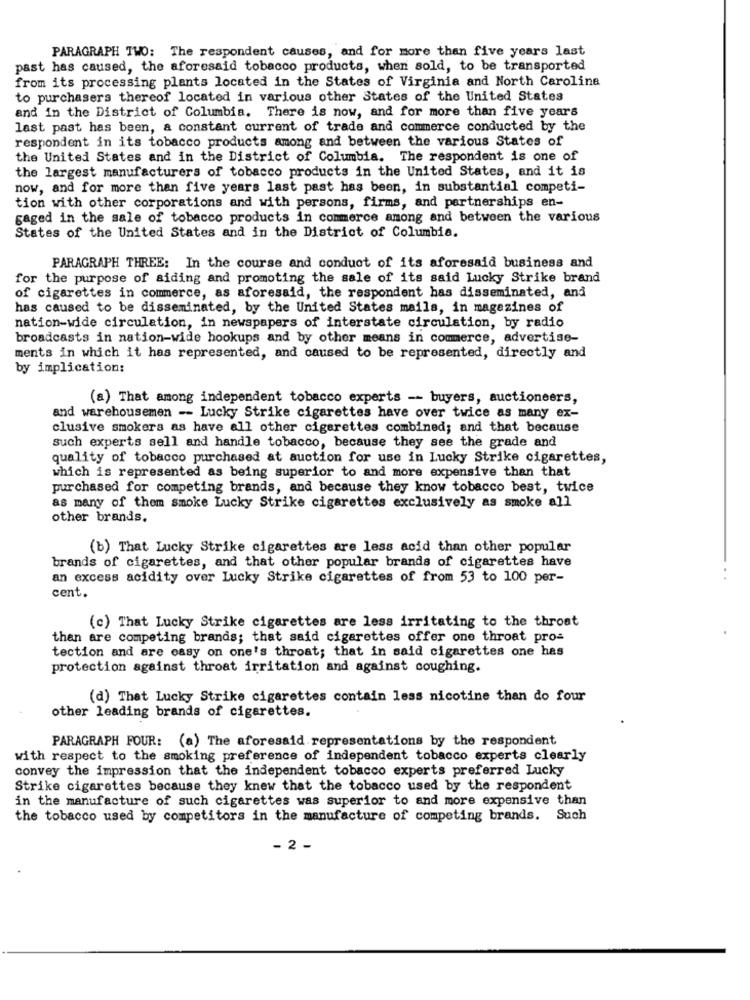
PARAGRAPH TWO: The respondent causes, and for more than five years last
past has caused, the aforesaid tobacco products, when sold, to be transported
from its processing plants located in the States of Virginia and North Carolina
to purchasers thereof located in various other States of the United States
and in the District of Columbia. There is now, and for more than five years
last past has been, a constant current of trade and commerce conducted by the
respondent in its tobacco products among and between the various States of
the United States and in the District of Columbia. The respondent is one of
the largest manufacturers of tobacco products in the United States, and it is
now, and for more than five years last past has been, in substantial competi-
tion with other corporations and with persons, firms, and partnerships en-
gaged in the sale of tobacco products in commerce among and between the various
States of the United States and in the District of Columbia.
PARAGRAPH THREE: In the course and conduct of its aforesaid business and
for the purpose of aiding and promoting the sale of its said Lucky Strike brand
of cigarettes in commerce, as aforesaid, the respondent has disseminated, and
has caused to be disseminated, by the United States mails, in magazines of
nation-wide circulation, in newspapers of interstate circulation, by radio
broadcasts in nation-wide hookups and by other means in commerce, advertise-
ments in which it has represented, and caused to be represented, directly and
by implication:
(a) That among independent tobacco experts -- buyers, auctioneers,
and warehousemen -- Lucky Strike cigarettes have over twice as many ex-
clusive smokers as have all other cigarettes combined; and that because
such experts sell and handle tobacco, because they see the grade and
quality of tobacco purchased at auction for use in Lucky Strike cigarettes,
which is represented as being superior to and more expensive than that
purchased for competing brands, and because they know tobacco best, twice
as many of them smoke Lucky Strike cigarettes exclusively as smoke all
other brands.
(b) That Lucky Strike cigarettes are less acid than other popular
brands of cigarettes, and that other popular brands of cigarettes have
an excess acidity over Lucky Strike cigarettes of from 53 to 100 per-
cent.
(c) That Lucky Strike cigarettes are less irritating to the throat
than are competing brands; that said cigarettes offer one throat pro-
tection and are easy on one's throat; that in said cigarettes one has
protection against throat irritation and against coughing.
(d) That Lucky Strike cigarettes contain less nicotine than do four
other leading brands of cigarettes.
PARAGRAPH FOUR: (a) The aforesaid representations by the respondent
with respect to the smoking preference of independent tobacco experts clearly
convey the impression that the independent tobacco experts preferred Lucky
Strike cigarettes because they knew that the tobacco used by the respondent
in the manufacture of such cigarettes was superior to and more expensive than
the tobacco used by competitors in the manufacture of competing brands. Such
- 2